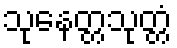
သုနေတ္တသုတ္တံ